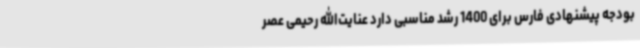
بودجه پیشنهادی فارس برای 1400 رشد مناسبی دارد عنایت‌الله رحیمی عصر